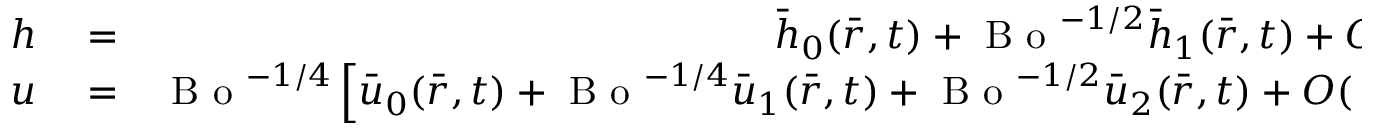
\begin{array} { r l r } { h } & { { } = } & { \bar { h } _ { 0 } ( \bar { r } , t ) + \mathrm { ~ B ~ o ~ } ^ { - 1 / 2 } \bar { h } _ { 1 } ( \bar { r } , t ) + O ( \mathrm { ~ B ~ o ~ } ^ { - 1 } ) , } \\ { u } & { { } = } & { \mathrm { ~ B ~ o ~ } ^ { - 1 / 4 } \left[ \bar { u } _ { 0 } ( \bar { r } , t ) + \mathrm { ~ B ~ o ~ } ^ { - 1 / 4 } \bar { u } _ { 1 } ( \bar { r } , t ) + \mathrm { ~ B ~ o ~ } ^ { - 1 / 2 } \bar { u } _ { 2 } ( \bar { r } , t ) + O ( \mathrm { ~ B ~ o ~ } ^ { - 3 / 4 } ) \right] } \end{array}